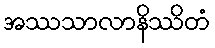
အဿသာလာနိဿိတံ